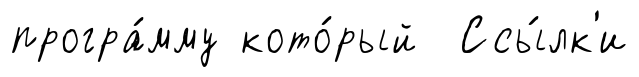
програ́мму кото́рый Ссы́лк'и